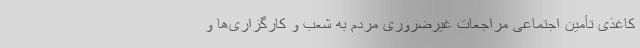
کاغذی تأمین اجتماعی مراجعات غیرضروری مردم به شعب و کارگزاری‌ها و